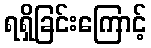
ရရှိခြင်းကြောင့်